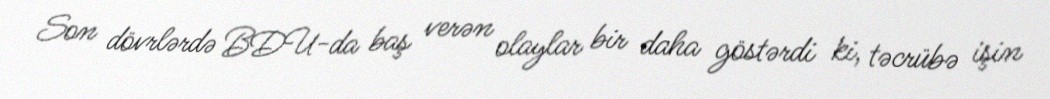
Son dövrlərdə BDU-da baş verən olaylar bir daha göstərdi ki, təcrübə işin